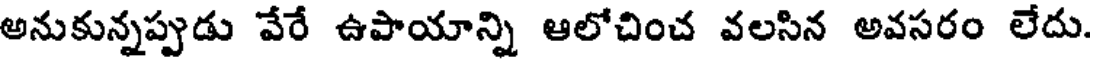
అనుకున్నప్పుడు వేరే ఉపాయాన్ని ఆలోచించ వలసిన అవసరం లేదు.